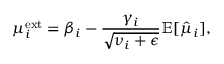
\mu _ { i } ^ { \mathrm { e x t } } = \beta _ { i } - \frac { \gamma _ { i } } { \sqrt { \nu _ { i } + \epsilon } } \mathbb { E } [ \hat { \mu } _ { i } ] ,